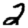
Digit: 2